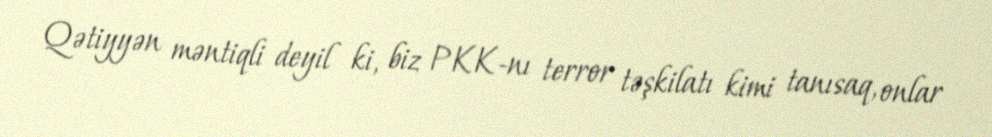
Qətiyyən məntiqli deyil ki, biz PKK-nı terror təşkilatı kimi tanısaq, onlar